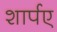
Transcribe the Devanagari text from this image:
शार्पए